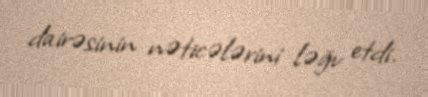
dairəsinin nəticələrini ləğv etdi.